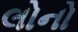
લોનો